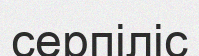
серпіліс